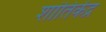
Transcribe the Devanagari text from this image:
शांतिकेंद्र